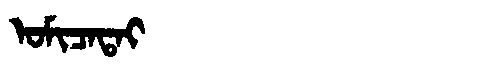
Manchu: ᠣᠮᡳᠴᠠᡨᠠᡳ
Romanization: OMICATAI